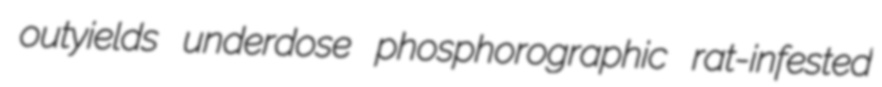
outyields underdose phosphorographic rat-infested